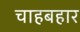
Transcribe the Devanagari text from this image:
चाहबहार